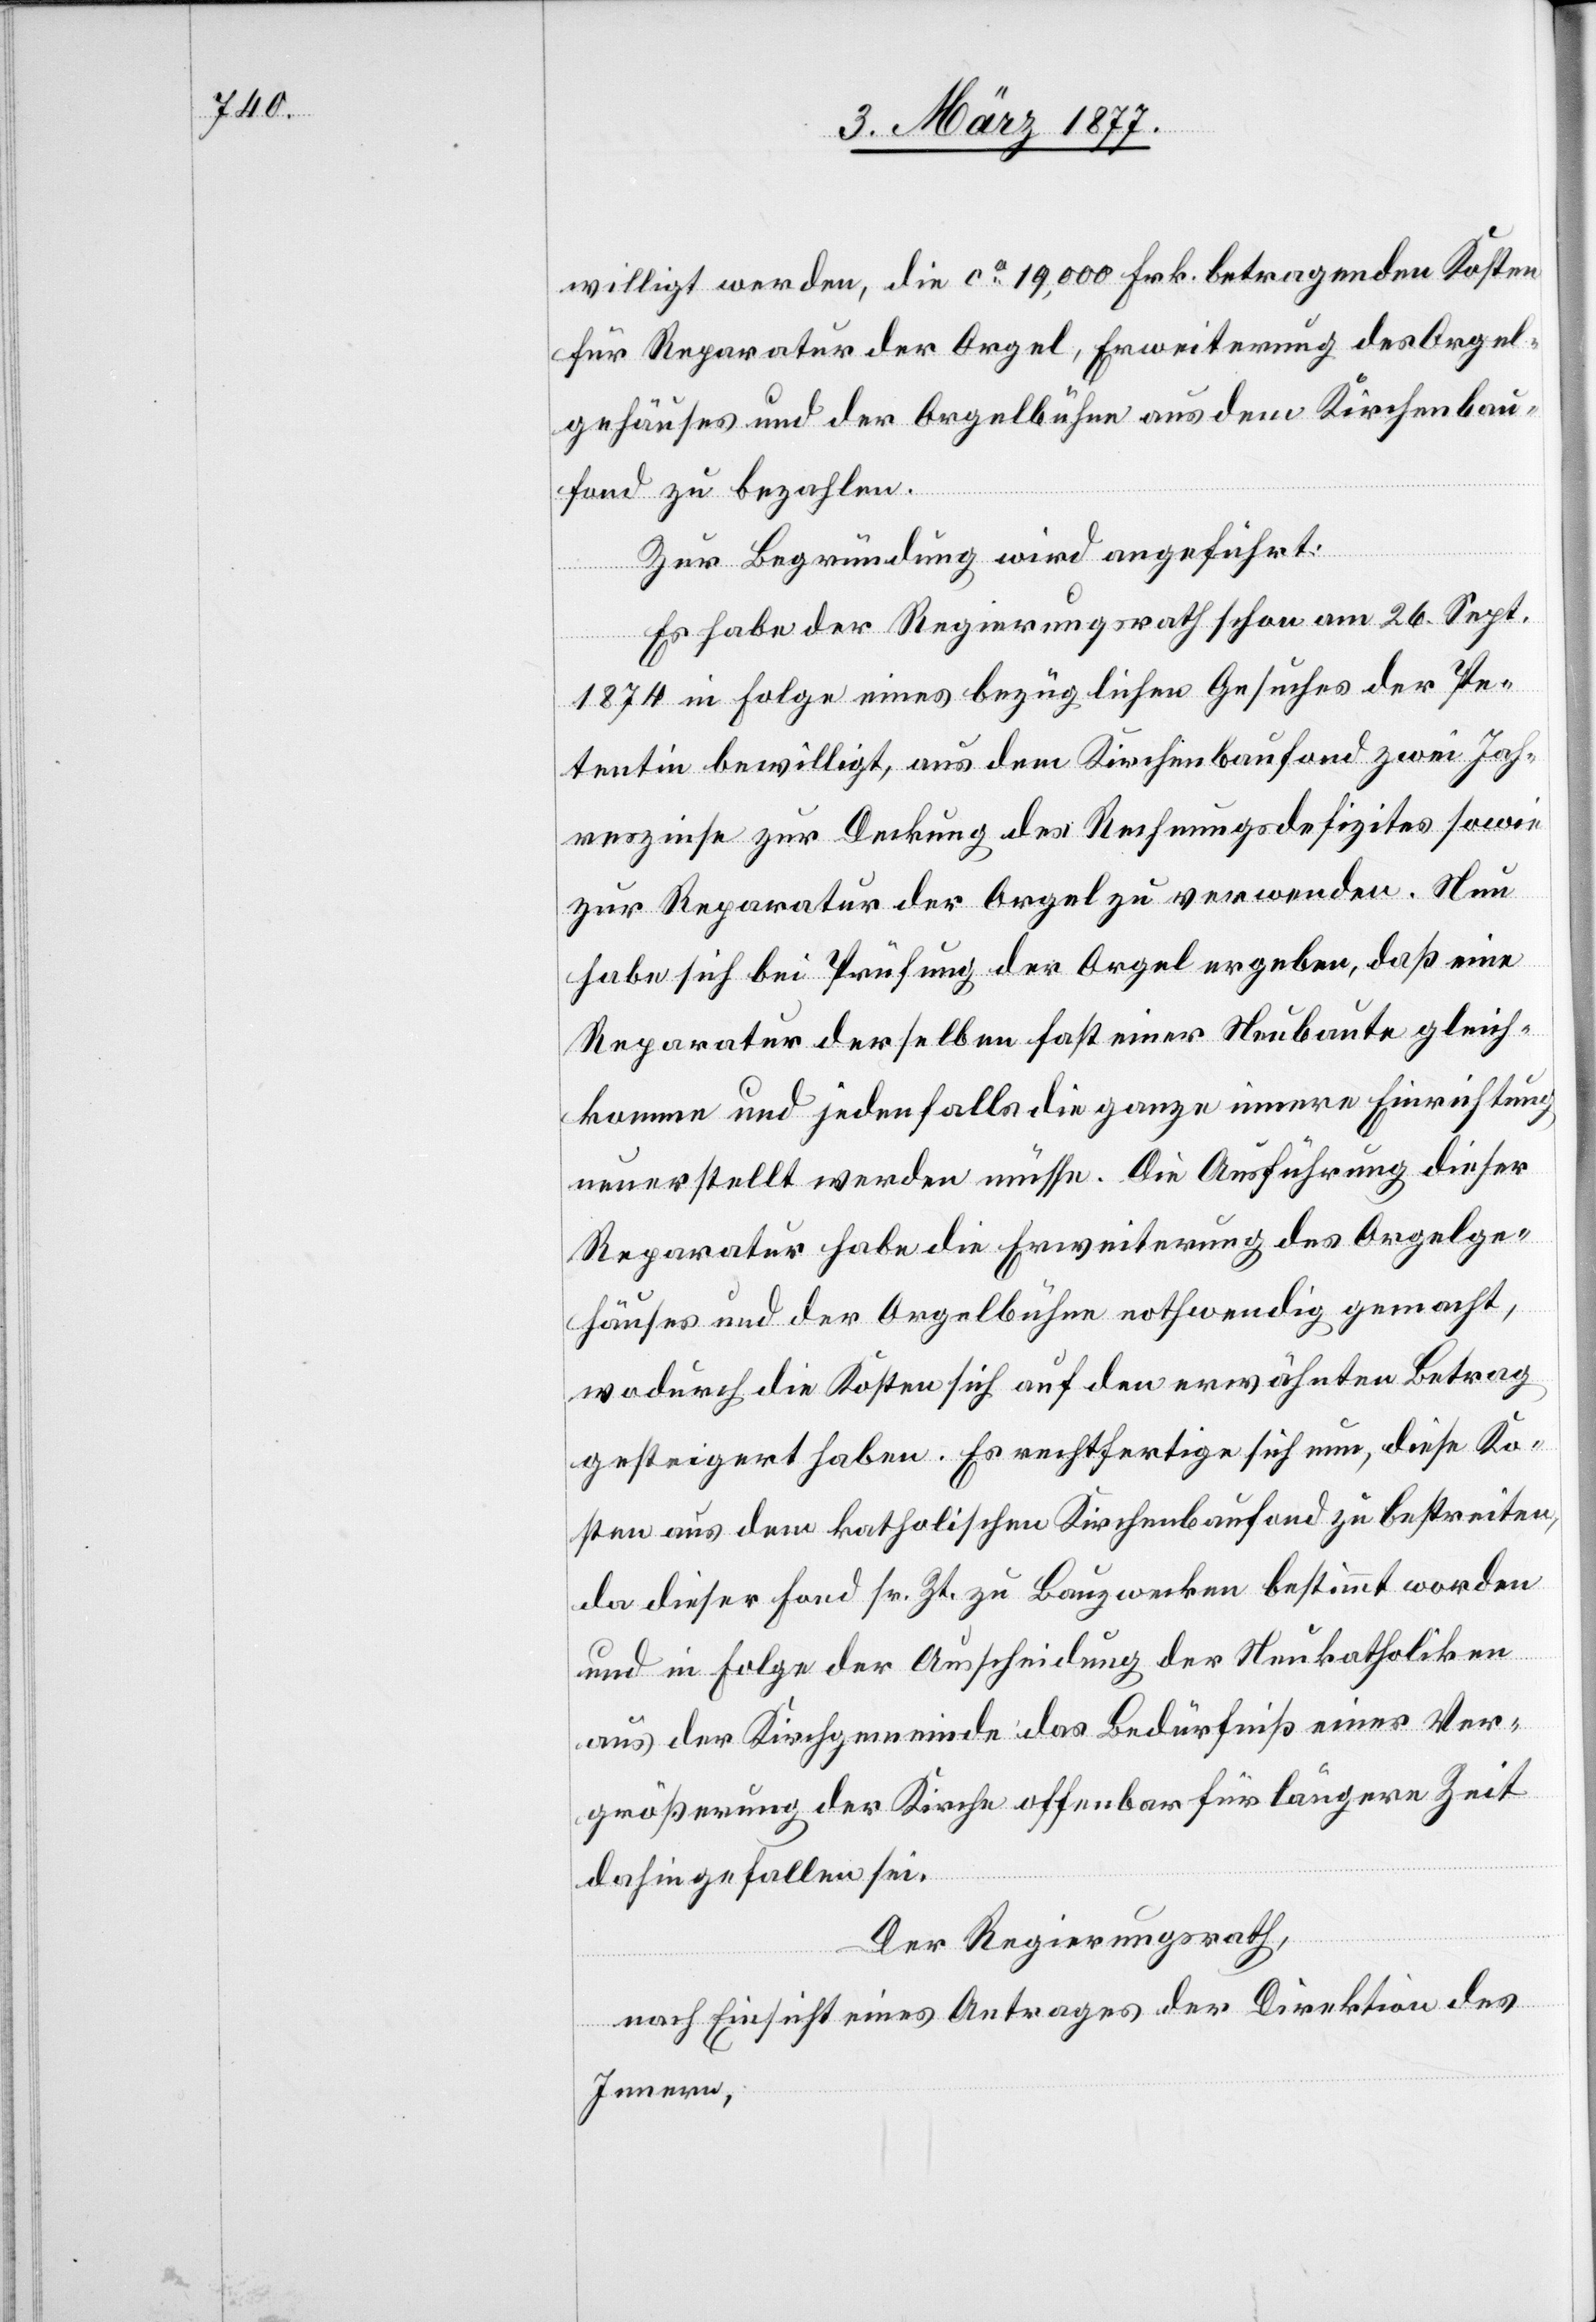
willigt werden, die ca 19,000 Frk. betragenden Kosten
für Reparatur der Orgel, Erweiterung des Orgel¬
gehäuses und der Orgelbühne aus dem Kirchenbau¬
fond zu bezahlen.
Zur Begründung wird angeführt:
Es habe der Regierungsrath schon am 26. Sept.
1874 in Folge eines bezüglichen Gesuches der Pe¬
tentin bewilligt, aus dem Kirchenbaufond zwei Jah¬
reszinse zur Deckung des Rechnungsdefizites sowie
zur Reparatur der Orgel zu verwenden. Nun
habe sich bei Prüfung der Orgel ergeben, daß eine
Reparatur derselben fast einer Neubaute gleich¬
komme und jedenfalls die ganze innere Einrichtung
neuerstellt werden müsse. Die Ausführung dieser
Reparatur habe die Erweiterung des Orgelge¬
häuses und der Orgelbühne nothwendig gemacht,
wodurch die Kosten sich auf den erwähnten Betrag
gesteigert haben. Es rechtfertige sich nun, diese Ko¬
sten aus dem katholischen Kirchenbaufond zu bestreiten,
da dieser Fond sr. Zt. zu Bauzwecken bestimmt worden
und in Folge der Ausscheidung der Neukatholiken
aus der Kirchgemeinde das Bedürfniß einer Ver¬
größerung der Kirche offenbar für längere Zeit
dahin gefallen sei.
Der Regierungsrath,
nach Einsicht eines Antrages der Direktion des
Innern,